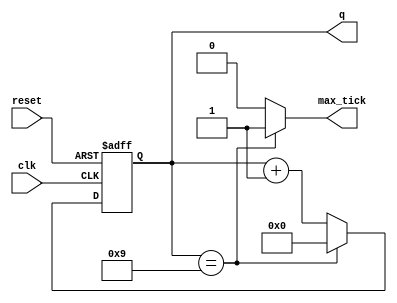
`timescale 1ns / 1ps
//////////////////////////////////////////////////////////////////////////////////
// Company: 
// Engineer: 
// 
// Design Name: 
// Module Name:    baud_gen 
// Project Name: 
// Target Devices: 
// Tool versions: 
// Description: 
//
// Dependencies: 
//
// Revision: 
// Revision 0.01 - File Created
// Additional Comments: 
//
//////////////////////////////////////////////////////////////////////////////////
module baud_gen #( 
						 parameter N=4, // number of bits in counter 
									  M = 10 // mod-M 
					  ) 
					  ( 
						 input wire clk, reset, 
						 output wire max_tick , 
						 output wire [N-1:0]q 
					  ); 

// signal declaration 
reg [N-1:0] r_reg; 
wire [N-1:0] r_next; 

// body 

// register 
always @(posedge clk, posedge reset) 
	if (reset) 
		r_reg <= 0; 
	else 
		r_reg <= r_next; 

// next -state logic 
assign r_next = (r_reg == (M-1)) ? 0 : r_reg + 1; 

// output logic 

assign q = r_reg; 

assign max_tick = (r_reg==(M-1)) ? 1'b1 : 1'b0; 

endmodule